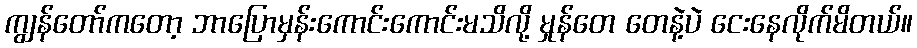
ကျွန်တော်ကတော့ ဘာပြောမှန်းကောင်းကောင်းမသိလို့ မှုန်တေ တေနဲ့ပဲ ငေးနေလိုက်မိတယ်။